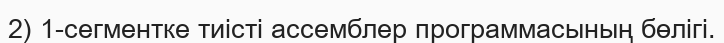
2) 1-сегментке тиісті ассемблер программасының бөлігі.